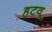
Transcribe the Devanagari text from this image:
हटवू